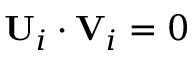
\mathbf { U } _ { i } \cdot \mathbf { V } _ { i } = 0